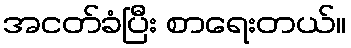
အငတ်ခံပြီး စာရေးတယ်။